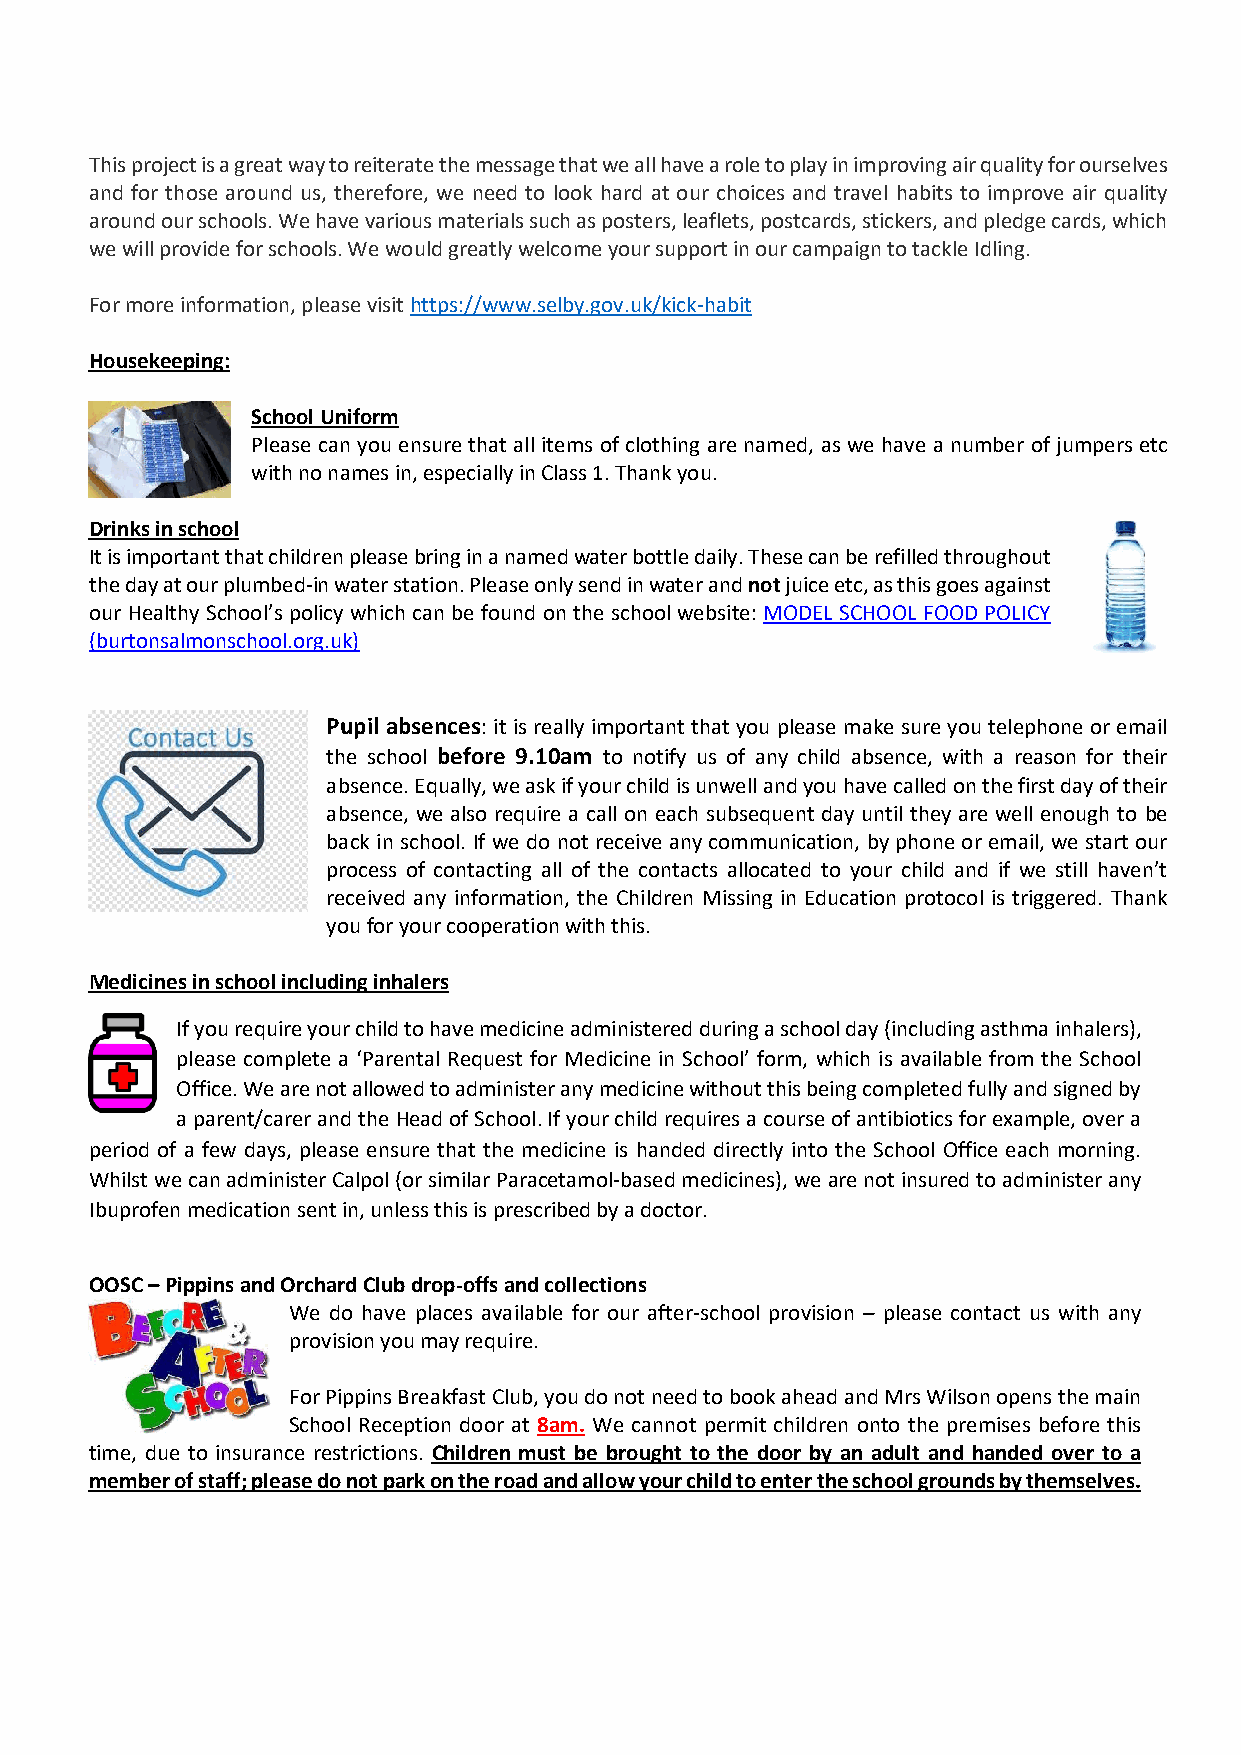
This project is a great way to reiterate the message that we all have a role to play in improving air quality for ourselves
 and for those around us, therefore, we need to look hard at our choices and travel habits to improve air quality
 around our schools. We have various materials such as posters, leaflets, postcards, stickers, and pledge cards, which
 we will provide for schools. We would greatly welcome your support in our campaign to tackle Idling.
 For more information, please visit https://www.selby.gov.uk/kick-habit
 Housekeeping:
 School Uniform
 Please can you ensure that all items of clothing are named, as we have a number of jumpers etc
 with no names in, especially in Class 1. Thank you.
 Drinks in school
 It is important that children please bring in a named water bottle daily. These can be refilled throughout
 the day at our plumbed-in water station. Please only send in water and not juice etc, as this goes against
 our Healthy School’s policy which can be found on the school website: MODEL SCHOOL FOOD POLICY
 (burtonsalmonschool.org.uk)
 Pupil absences: it is really important that you please make sure you telephone or email
 the school before 9.10am to notify us of any child absence, with a reason for their
 absence. Equally, we ask if your child is unwell and you have called on the first day of their
 absence, we also require a call on each subsequent day until they are well enough to be
 back in school. If we do not receive any communication, by phone or email, we start our
 process of contacting all of the contacts allocated to your child and if we still haven’t
 received any information, the Children Missing in Education protocol is triggered. Thank
 you for your cooperation with this.
 Medicines in school including inhalers
 If you require your child to have medicine administered during a school day (including asthma inhalers),
 please complete a ‘Parental Request for Medicine in School’ form, which is available from the School
 Office. We are not allowed to administer any medicine without this being completed fully and signed by
 a parent/carer and the Head of School. If your child requires a course of antibiotics for example, over a
 period of a few days, please ensure that the medicine is handed directly into the School Office each morning.
 Whilst we can administer Calpol (or similar Paracetamol-based medicines), we are not insured to administer any
 Ibuprofen medication sent in, unless this is prescribed by a doctor.
 OOSC – Pippins and Orchard Club drop-offs and collections
 We do have places available for our after-school provision – please contact us with any
 provision you may require.
 For Pippins Breakfast Club, you do not need to book ahead and Mrs Wilson opens the main
 School Reception door at 8am. We cannot permit children onto the premises before this
 time, due to insurance restrictions. Children must be brought to the door by an adult and handed over to a
 member of staff; please do not park on the road and allow your child to enter the school grounds by themselves.